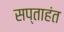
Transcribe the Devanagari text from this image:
सप्‍ताहंत